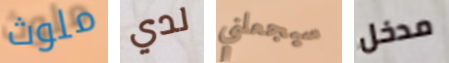
ملوث لدي سيجعلني مدخل